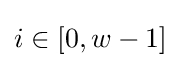
i\in [0,w-1]